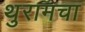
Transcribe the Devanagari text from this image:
थुरामचा